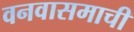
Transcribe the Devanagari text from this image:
वनवासमाची